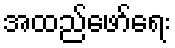
အထည်ဖော်ရေး